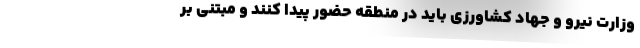
وزارت نیرو و جهاد کشاورزی باید در منطقه حضور پیدا کنند و مبتنی بر